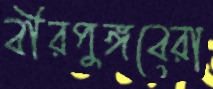
বীরপুঙ্গবেরা